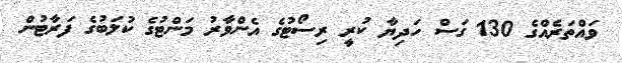
ވައްތަރެއްގެ 130 ގަސް ހަދިޔާ ކުރީ ރިސޯޓުގެ އެންވާރު މަންޓުގެ ކުލަބުގެ ފަރާޓުން